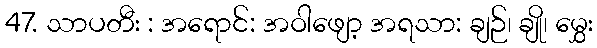
47. သာပတီး : အရောင်: အဝါဖျော့ အရသာ: ချဉ်၊ ချို၊ မွှေး